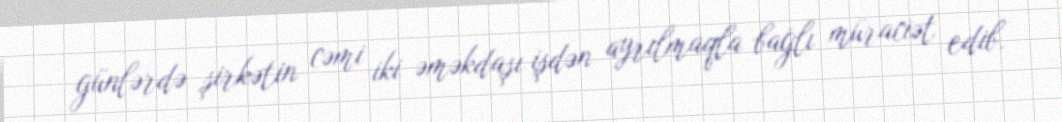
günlərdə şirkətin cəmi iki əməkdaşı işdən ayrılmaqla bağlı müraciət edib.